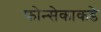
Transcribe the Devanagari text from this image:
फोन्सेकाकडे